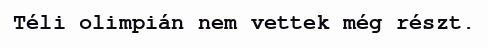
Téli olimpián nem vettek még részt.